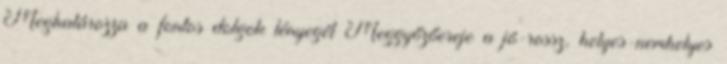
Meghatározza a fontos dolgok lényegét Meggyőzőereje a jó-rossz, helyes-nemhelyes